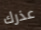
عذرك